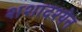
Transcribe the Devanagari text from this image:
शशादश्येन